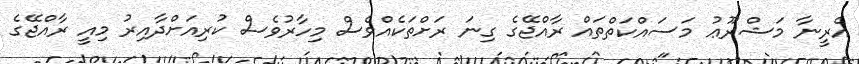
އެރީނާ މަޝްރޫޢު މަސައްކަތްތައް ރާއްޖޭގެ ގިނަ ރަށްތަކެއްވެސް މިހާރުވެސް ކުރިއަށްދާއިރު މިއީ ރާއްޖޭގެ